Vaccine operations Central Provinces 1886-1899 - 1886-1899
Year: 1886
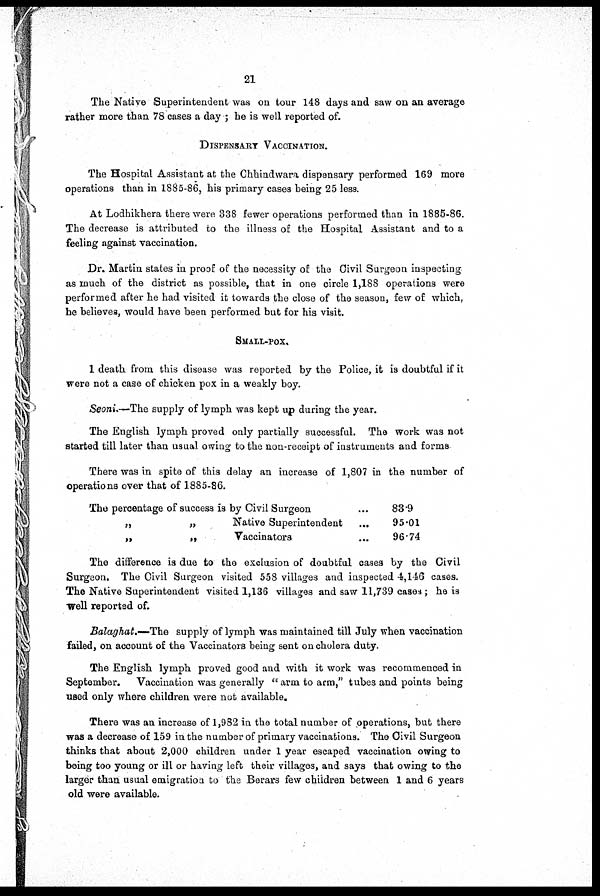
21
The Native Superintendent was on tour 148 days and saw on an average
rather more than 78 cases a day ; he is well reported of.
DISPENSARY VACCINATION.
The Hospital Assistant at the Chhindwara dispensary performed 169 more
operations than in 1885-86, his primary cases being 25 less.
At Lodhikhera there were 338 fewer operations performed than in 1885-86.
The decrease is attributed to the illness of the Hospital Assistant and to a
feeling against vaccination.
Dr. Martin states in proof of the necessity of the Civil Surgeon inspecting
as much of the district as possible, that in one circle 1,188 operations were
performed after he had visited it towards the close of the season, few of which,
he believes, would have been performed but for his visit.
SMALL-POX.
1 death from this disease was reported by the Police, it is doubtful if it
were not a case of chicken pox in a weakly boy.
Seoni.—The supply of lymph was kept up during the year.
The English lymph proved only partially successful. The work was not
started till later than usual owing to the non-receipt of instruments and forms
There was in spite of this delay an increase of 1,807 in the number of
operations over that of 1885-86.
The percentage of success is by Civil Surgeon ...
„
„
Native Superintendent
...
„
„
Vaccinators ...
83.9
95.01
96.74
The difference is due to the exclusion of doubtful cases by the Civil
Surgeon. The Civil Surgeon visited 558 villages and inspected 4,146 cases.
The Native Superintendent visited 1,136 villages and saw 11,739 cases; he is
well reported of.
Balaghat.— The supply of lymph was maintained till July when vaccination
failed, on account of the Vaccinators being sent on cholera duty.
The English lymph proved good and with it work was recommenced in
September. Vaccination was generally "arm to arm," tubes and points being
used only where children were not available.
There was an increase of 1,982 in the total number of operations, but there
was a decrease of 159 in the number of primary vaccinations. The Civil Surgeon
thinks that about 2,000 children under 1 year escaped vaccination owing to
being too young or ill or having left their villages, and says that owing to the
larger than usual emigration to the Berars few children between 1 and 6 years
old were available.